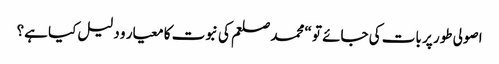
اصولی طور پر بات کی جائے تو “محمد صلعم کی نبوت کا معیار و دلیل کیا ہے؟